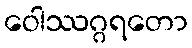
ဝေါဿဂ္ဂရတော